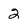
Character: 2